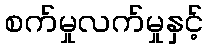
စက်မှုလက်မှုနှင့်